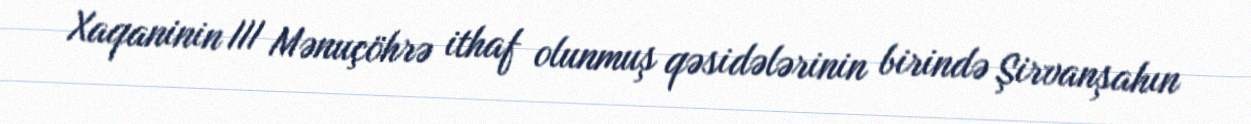
Xaqaninin III Mənuçöhrə ithaf olunmuş qəsidələrinin birində Şirvanşahın